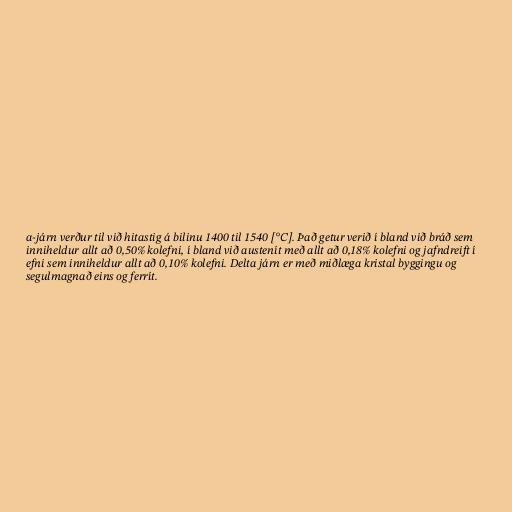
a-járn verður til við hitastig á bilinu 1400 til 1540 [°C]. Það getur verið í bland við bráð sem
inniheldur allt að 0,50% kolefni, í bland við austenít með allt að 0,18% kolefni og jafndreift í
efni sem inniheldur allt að 0,10% kolefni. Delta járn er með miðlæga kristal byggingu og
segulmagnað eins og ferrít.